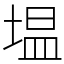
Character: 塭